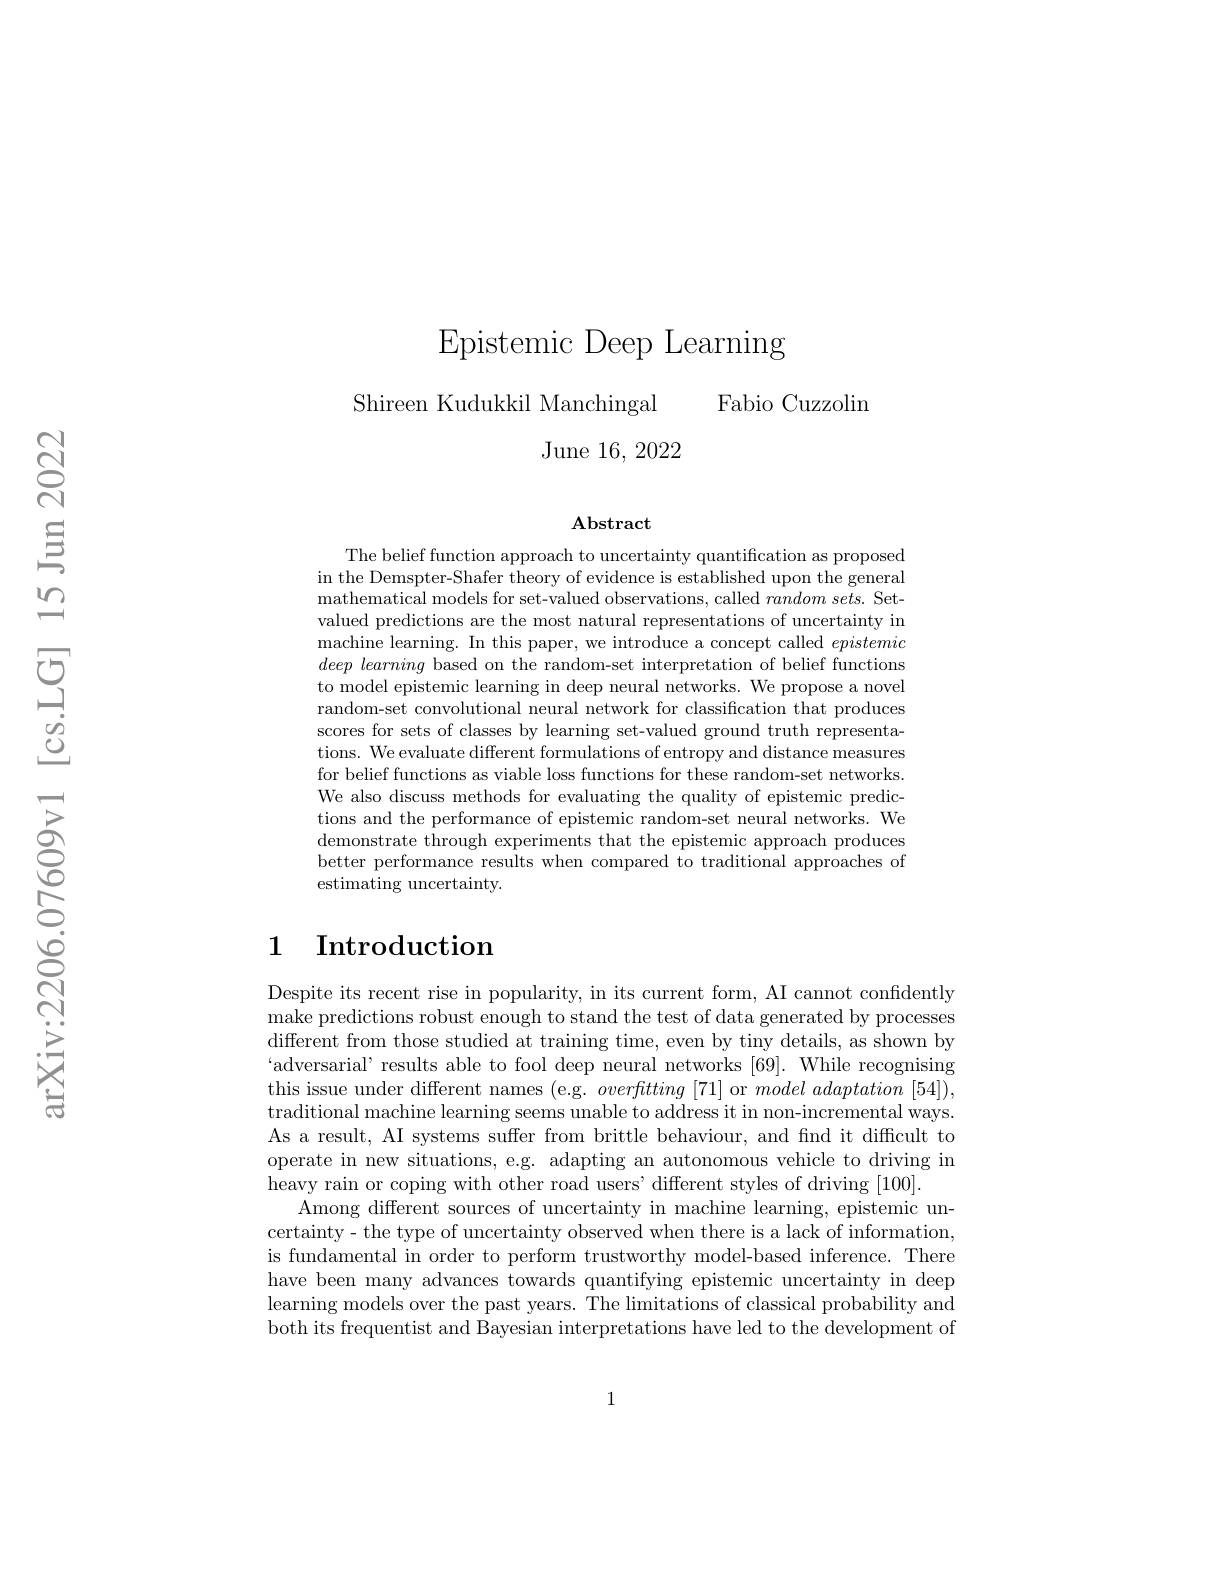
Epistemic Deep Learning
Shireen Kudukkil Manchingal Fabio Cuzzolim
June 16, 2022

### Abstract

The belief function approach to uncertainty quantification as proposed in the Demspter-Shafer theory of evidence is established upon the general mathematical models for set-valued observations, called random sets. Setvalued predictions are the most natural representations of uncertainty in machine learning. In this paper, we introduce a concept called epistemic $deep\textit{ learning based on the random- set interpretation of belief functions}$ to model epistemic learning in deep neural networks. We propose a novel random-set convolutional neural network for classification that produces scores for sets of classes by learning set-valued ground truth representations. We evaluate different formulations of entropy and distance measures for belief functions as viable loss functions for these random-set networks. We also discuss methods for evaluating the quality of epistemic predictions and the performance of epistemic random-set neural networks. We demonstrate through experiments that the epistemic approach produces better performance results when compared to traditional approaches of estimating uncertainty.

# 1 Introduction

Despite its recent rise in popularity, in its current form, AI cannot confidently make predictions robust enough to stand the test of data generated by processes different from those studied at training time, even by tiny details, as shown by $`$adversarial' results able to fool deep neural networks [69]. While recognising this issue under different names (e.g. overftting [71] or $model\textit{adaptation [ 54] }) $, traditional machine learning seems unable to address it in non-incremental ways. As a result, AI systems suffer from brittle behaviour, and find it difficult to operate in new situations, e.g. adapting an autonomous vehicle to driving in heavy rain or coping with other road users' different styles of driving [100].
Among different sources of uncertainty in machine learning, epistemic uncertainty- the type of uncertainty observed when there is a lack of information, is fundamental in order to perform trustworthy model-based inference. There have been many advances towards quantifying epistemic uncertainty in deep learning models over the past years. The limitations of classical probability and both its frequentist and Bayesian interpretations have led to the development of